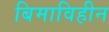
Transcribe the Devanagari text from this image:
बिमाविहीन